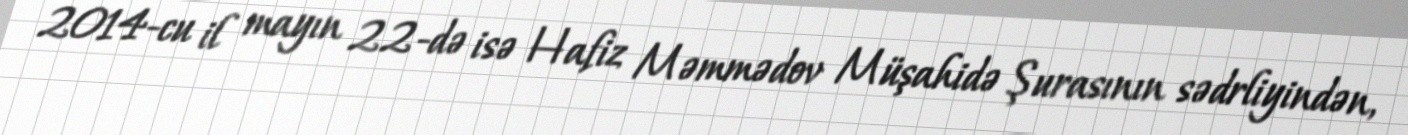
2014-cu il mayın 22-də isə Hafiz Məmmədov Müşahidə Şurasının sədrliyindən,